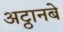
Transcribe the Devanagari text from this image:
अट्ठानबे